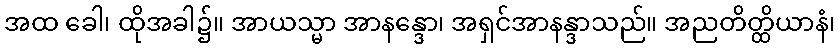
အထ ခေါ၊ ထိုအခါ၌။ အာယသ္မာ အာနန္ဒော၊ အရှင်အာနန္ဒာသည်။ အညတိတ္ထိယာနံ၊